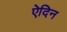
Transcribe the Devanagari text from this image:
ऐदिन